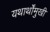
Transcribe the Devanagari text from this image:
यथार्थोंमुखी